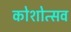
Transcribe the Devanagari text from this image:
कोशोत्सव